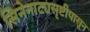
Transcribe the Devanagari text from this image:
सिनेनाट्यसृष्टीपासून